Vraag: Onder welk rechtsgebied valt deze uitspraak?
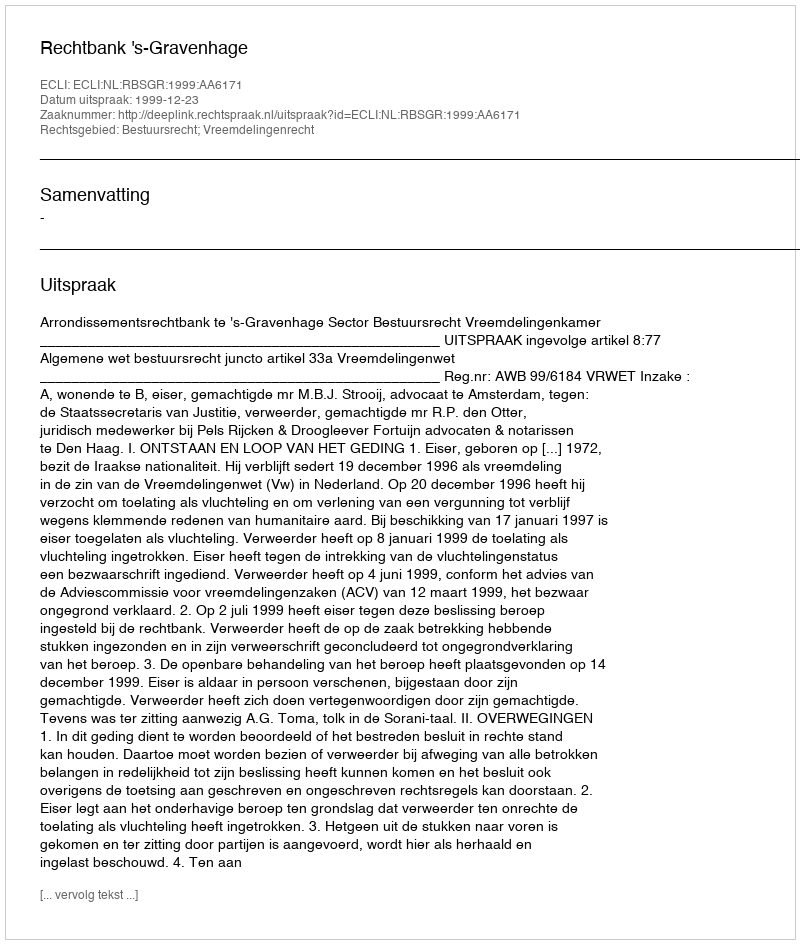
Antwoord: Bestuursrecht; Vreemdelingenrecht